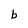
Character: b